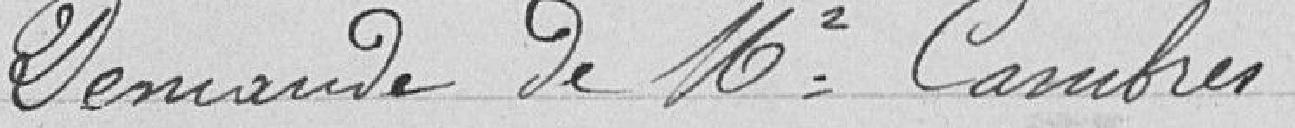
Demande M. Cambres.